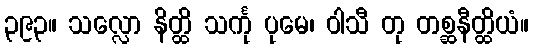
၃၉၃။ သလ္လော နိတ္ထိ သင်္ကု ပုမေ၊ ဝါသီ တု တစ္ဆနီတ္ထိယံ။